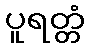
ပူရတ္တံ